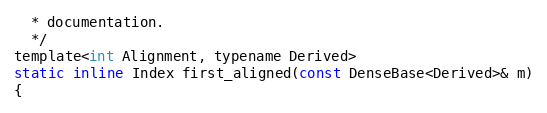
Language: C
  * documentation.
  */
template<int Alignment, typename Derived>
static inline Index first_aligned(const DenseBase<Derived>& m)
{